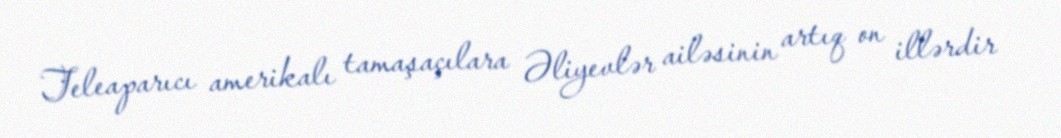
Teleaparıcı amerikalı tamaşaçılara Əliyevlər ailəsinin artıq on illərdir